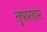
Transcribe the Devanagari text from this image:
तुषारहार